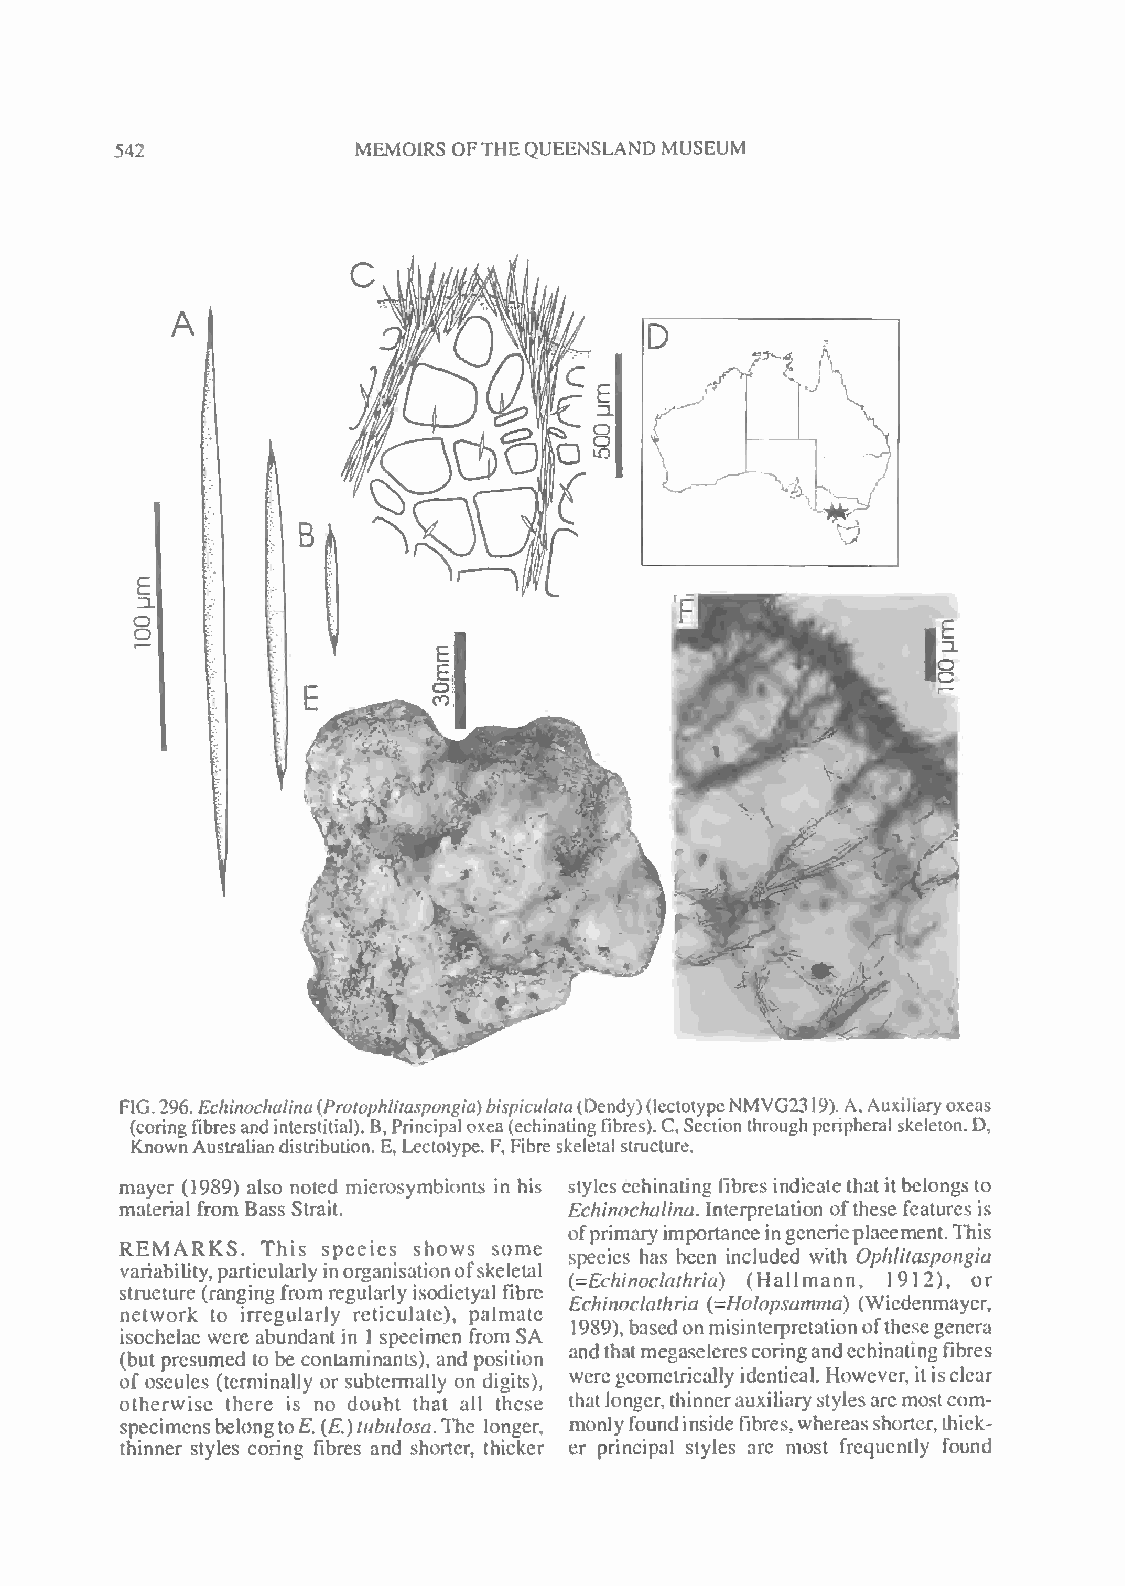
542             MEMOIRS OFTHEQUEENSLAND MUSEUM
 D
 sf\
 N(
 ^
 w
 L-^"
 v>
 E
 ZL
 o
 5
 FIG.296.Echinochalina(Protophlitaspongia)bispiculata(Dendy)(lectotypcNMVG23
 19). A,Auxiliaryoxeas
 (coringfibresandinterstitial). B,Principaloxea(echinatingfibres).C,Sectionthroughperipheral skeleton.D,
 KnownAustraliandistribution. E, Lectolype. F, Fibreskeletal structure.
 mayer (1989) also noted microsymbionts in his styles echinating fibres indicate that it belongs to
 material from Bass Strait.    Echinochalina. Interpretation ofthese features is
 REMARKS. This species shows some
 ofprimaryimportanceingenericplacement.This
 species has been included with Ophlitaspongia
 variability,particularlyinorganisationofskeletal
 {-Echinoclathtia) (Hallmann, 1912), or
 structure (rangingfrom regularly isodictyal fibre
 Echinoclathria (=Holopsamma) (Wiedenmayer,
 network to irregularly reticulate), palmate
 i (bs uo tch pe rl eae suw me er de ta ob bu end ca on nt tai mn in1 as np te sc ),im ae nn df pr oo sm itS ioA
 n
 a1 n98 d9 t) h, atba ms ee gd aso cn lem ris ei sn ct oe rrp ir ne gt aa nti do en co hf int ah te is ne gg fe in be rr ea
 s
 ofoscules (terminally or subtermally on digits), weregeometrically identical. However, itisclear
 otherwise there is no doubt that all these thatlonger,thinnerauxiliarystylesare mostcom-
 specimensbelongtoE. (E.)tubulosa.The longer. monly foundinside fibres,whereasshorter, thick-
 thinner styles coring fibres and shorter, thicker er principal styles are most frequently found